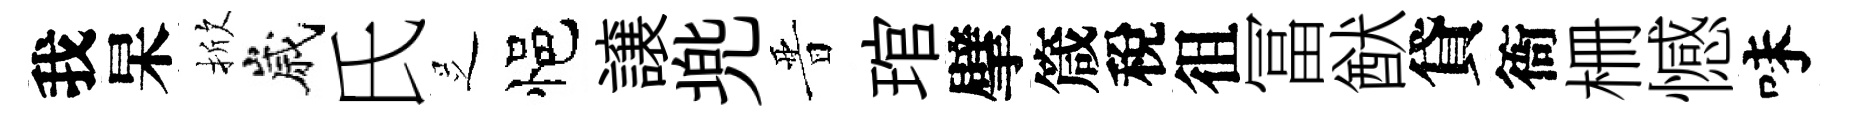
我杲掀嵗氏𠯁悒譲兠晋琯擘箴稅徂冨猷貸衙栅憾味